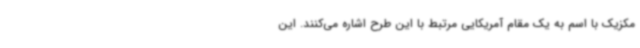
مکزیک با اسم به یک مقام آمریکایی مرتبط با این طرح اشاره می‌کنند. این